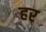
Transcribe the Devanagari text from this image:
हर